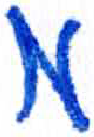
אות: מ